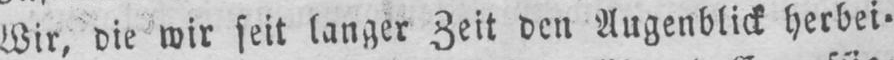
Wir, die wir seit langer Zeit den Augenblick herbei⸗